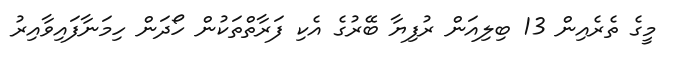
މީގެ ތެރެއިން 13 ބިލިއަން ރުފިޔާ ބޭރުގެ އެކި ފަރާތްތަކުން ހޯދަން ހިމަނާފައިވާއިރު